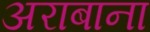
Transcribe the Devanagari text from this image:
अराबाना